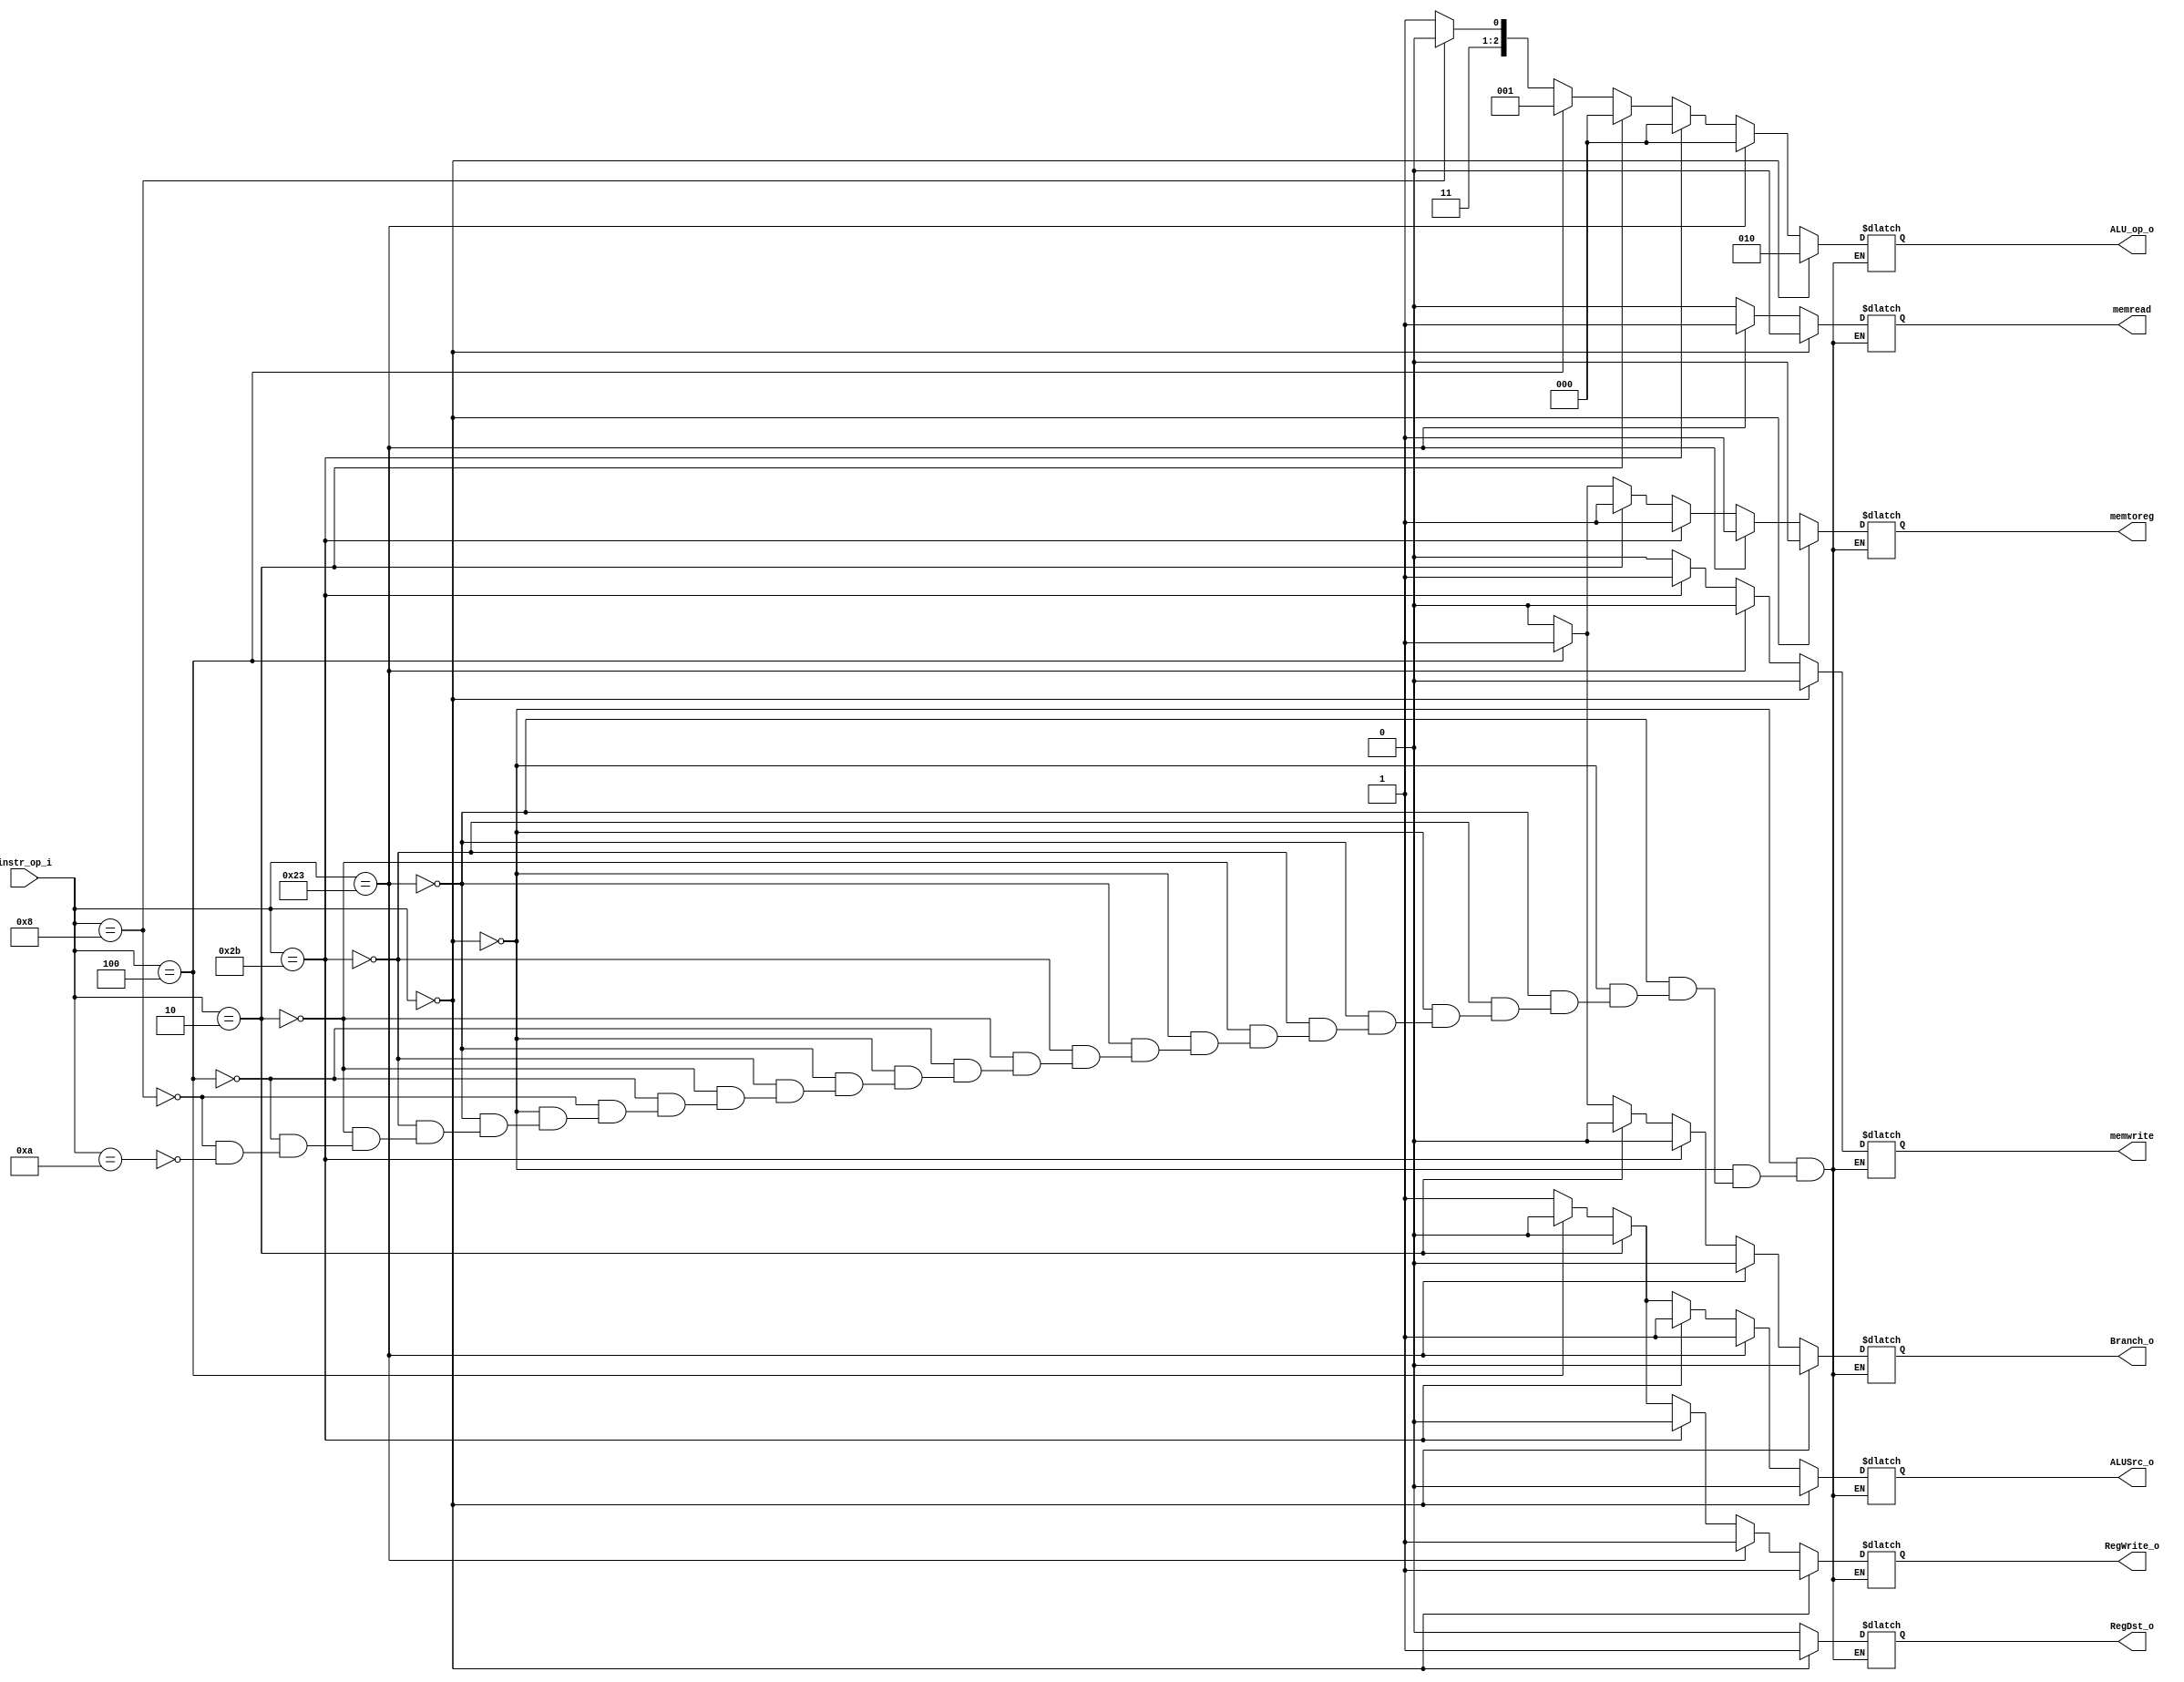
//Subject:     CO project 2 - Decoder
//--------------------------------------------------------------------------------
//Version:     1
//--------------------------------------------------------------------------------
//Writer:      Luke
//----------------------------------------------
//----------------------------------------------
//Description: 
//------------------------------------6--------------------------------------------

module Decoder(
    instr_op_i,
	RegWrite_o,
	ALU_op_o,
	ALUSrc_o,
	RegDst_o,
	Branch_o,
	memtoreg,
 	memread,
 	memwrite,	
	);//jump_o,
 	//branchtype_o,
     
//I/O ports
input  [6-1:0] instr_op_i;

output         RegWrite_o;
output [3-1:0] ALU_op_o;
output         ALUSrc_o;
output         RegDst_o;
output         Branch_o;
//output reg	flush;
//add lab3
//output 			jump_o;
//output 	[2-1:0]		branchtype_o;
output 			memtoreg;
output 			memread;
output 			memwrite;
//Internal Signals
reg    [3-1:0] ALU_op_o;
reg            ALUSrc_o;
reg            RegWrite_o;
reg            RegDst_o;
reg            Branch_o;
//reg 			jump_o;
//reg		[2-1:0]		branchtype_o;
reg				memtoreg;
reg 			memread;
reg				memwrite;
//Parameter


//Main function
always@(*)begin
	if(instr_op_i==6'd0)begin//rformat,multiple
		memwrite=1'b0;
		memread=1'b0;
		RegWrite_o=1'b1;
		//jump_o=1'b0;
		Branch_o=1'b0;
		RegDst_o=1'b1;
		ALUSrc_o=1'b0;
		memtoreg=1'd0;
		//branchtype_o=2'd0;
		ALU_op_o=3'b010;
		//flush=1'b0;
	end
	else if(instr_op_i==6'b100011)begin//lw
		memwrite=1'b0;
		memread=1'b1;
		RegWrite_o=1'b1;
		//jump_o=1'b0;
		Branch_o=1'b0;
		RegDst_o=1'b0;
		ALUSrc_o=1'b1;
		memtoreg=1'd1;
		//branchtype_o=2'd0;
		ALU_op_o=3'b000;
		//flush=1'b0;
	end
	else if(instr_op_i==6'b101011)begin//sw
		memwrite=1'b1;
		memread=1'b0;
		RegWrite_o=1'b0;
		//jump_o=1'b0;
		Branch_o=1'b0;
		RegDst_o=1'b0;//
		ALUSrc_o=1'b1;
		memtoreg=1'd1;//
		//branchtype_o=2'd0;
		ALU_op_o=3'b000;
		//flush=1'b0;
	end
	else if(instr_op_i==6'b000010)begin//jump
		memwrite=1'b0;
		memread=1'b0;
		RegWrite_o=1'b0;
		//jump_o=1'b1;
		Branch_o=1'b0;
		RegDst_o=1'b0;//
		ALUSrc_o=1'b0;
		memtoreg=1'd1;//
		//branchtype_o=2'd0;
		ALU_op_o=3'b000;//
		//flush=1'b0;
	end
	else if(instr_op_i==6'b000100)begin//beq
		memwrite=1'b0;
		memread=1'b0;
		RegWrite_o=1'b0;
		//jump_o=1'b0;
		Branch_o=1'b1;
		RegDst_o=1'b0;//
		ALUSrc_o=1'b0;
		memtoreg=1'd1;//
		//branchtype_o=2'd0;
		ALU_op_o=3'b001;
		//flush=1'b1;
	end
	else if(instr_op_i==6'b001000)begin//addi
		memwrite=1'b0;
		memread=1'b0;
		RegWrite_o=1'b1;
		//jump_o=1'b0;
		Branch_o=1'b0;
		RegDst_o=1'b0;
		ALUSrc_o=1'b1;
		memtoreg=1'd0;
		//branchtype_o=2'd0;
		ALU_op_o=3'b110;
		//flush=1'b0;
	end
	else if(instr_op_i==6'b001010)begin//slti
		memwrite=1'b0;
		memread=1'b0;
		RegWrite_o=1'b1;
		//jump_o=1'b0;
		Branch_o=1'b0;
		RegDst_o=1'b0;
		ALUSrc_o=1'b1;
		memtoreg=1'd0;
		//branchtype_o=2'd0;
		ALU_op_o=3'b111;
		//flush=1'b0;
	end
	
	
	
end

endmodule